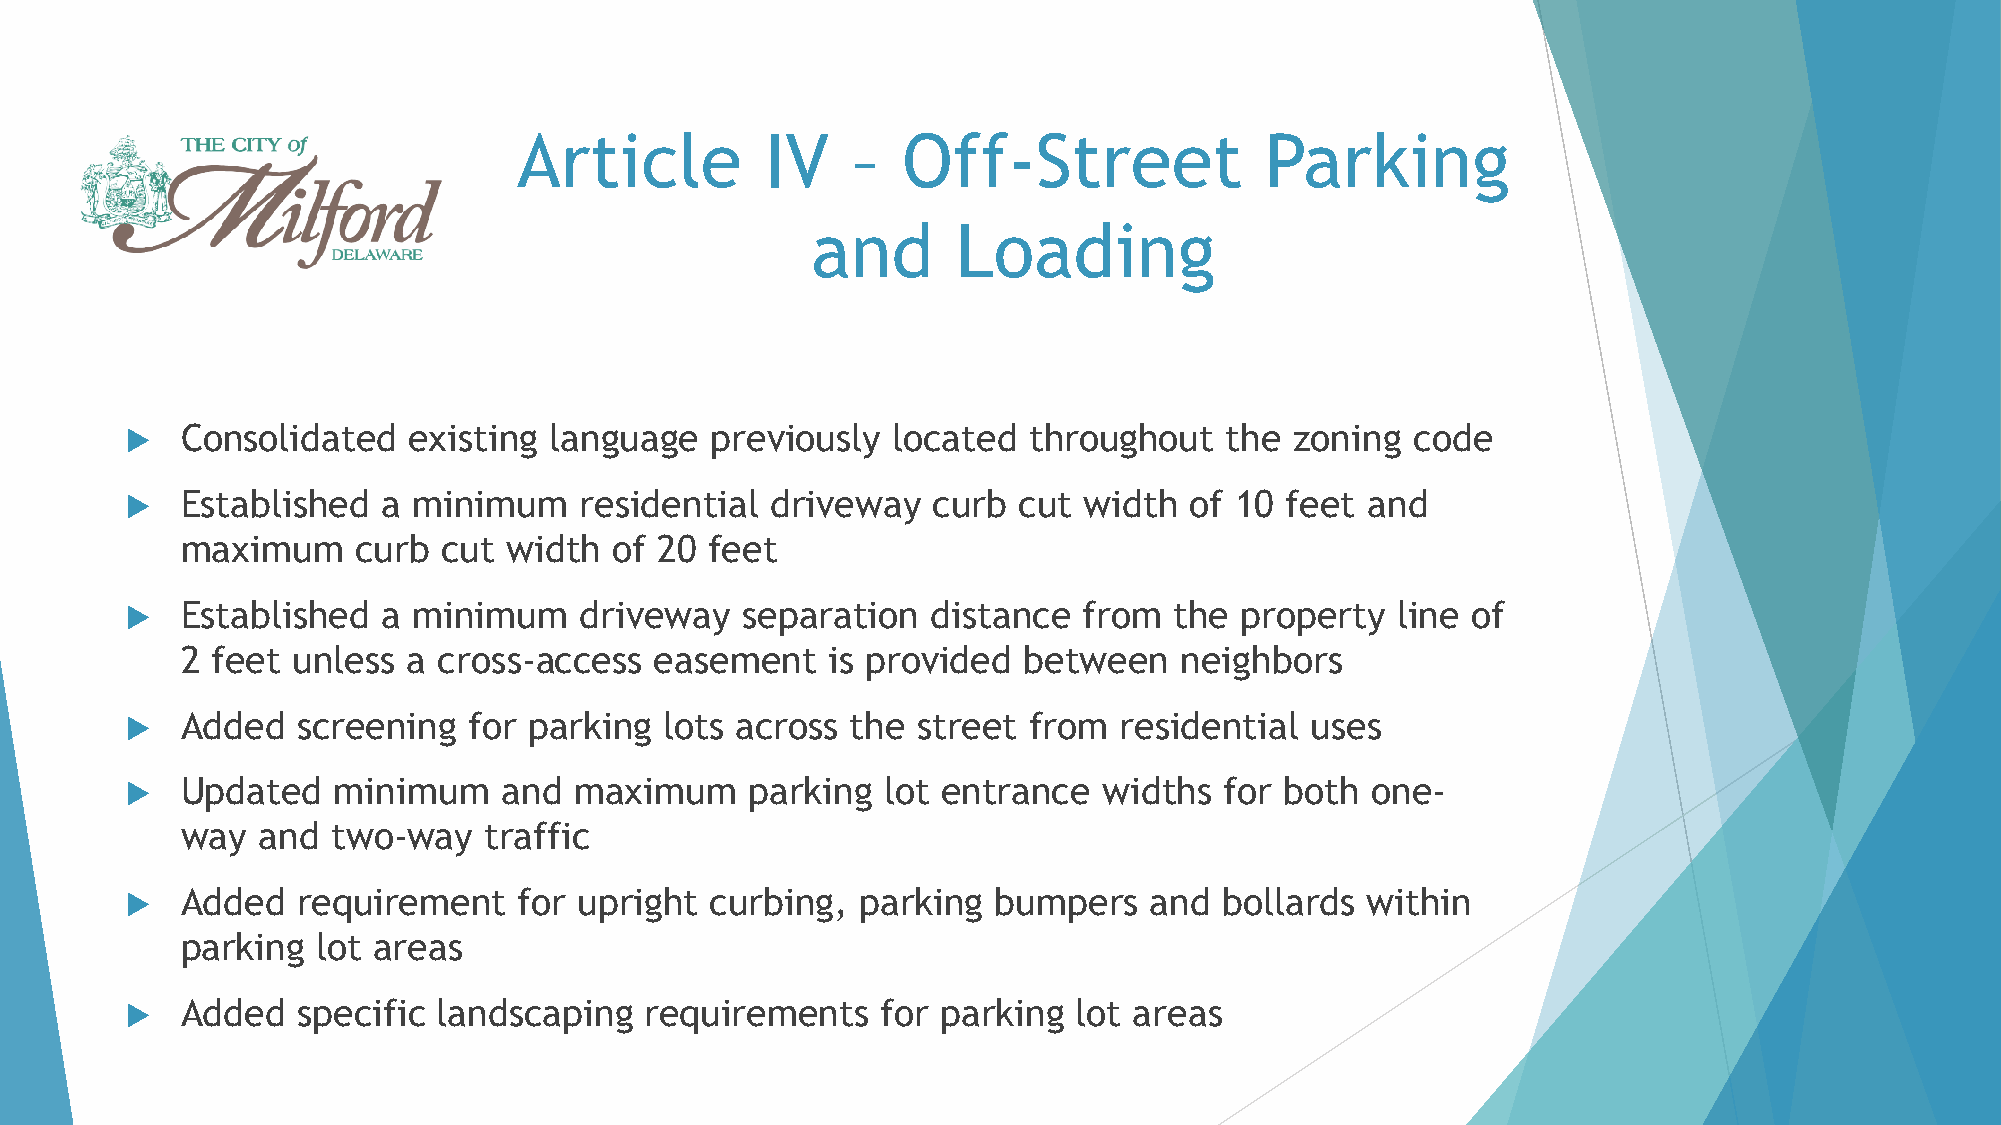
Article          IV   –   Off-Street              Parking
 and      Loading
    Consolidated   existing language   previously  located  throughout   the  zoning  code
    Established  a minimum    residential  driveway   curb cut  width  of 10 feet and
 maximum     curb cut  width  of 20 feet
    Established  a minimum    driveway   separation   distance  from  the property  line of
 2 feet unless  a cross-access  easement    is provided  between   neighbors
    Added   screening  for parking  lots across the  street from  residential  uses
    Updated   minimum    and  maximum     parking  lot entrance  widths  for both  one-
 way  and  two-way   traffic
    Added   requirement   for upright  curbing,  parking  bumpers   and  bollards within
 parking  lot areas
    Added   specific landscaping   requirements   for parking  lot areas